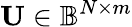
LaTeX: \mathbf{U}\in\mathbb{B}^{N\times m}